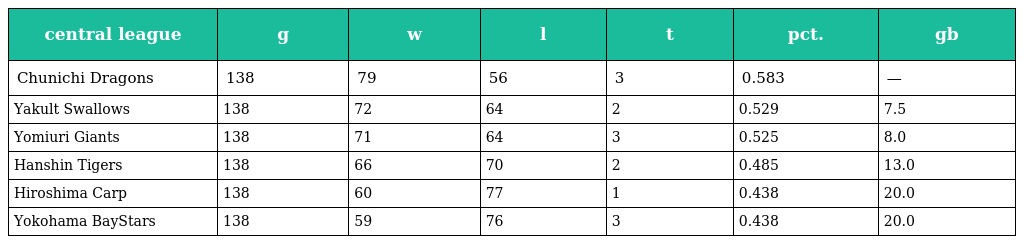
| central league | g | w | l | t | pct. | gb |
 | --- | --- | --- | --- | --- | --- | --- |
 | Chunichi Dragons | 138 | 79 | 56 | 3 | 0.583 | — |
 | Yakult Swallows | 138 | 72 | 64 | 2 | 0.529 | 7.5 |
 | Yomiuri Giants | 138 | 71 | 64 | 3 | 0.525 | 8.0 |
 | Hanshin Tigers | 138 | 66 | 70 | 2 | 0.485 | 13.0 |
 | Hiroshima Carp | 138 | 60 | 77 | 1 | 0.438 | 20.0 |
 | Yokohama BayStars | 138 | 59 | 76 | 3 | 0.438 | 20.0 |